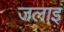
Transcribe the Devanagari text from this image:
जलाइं